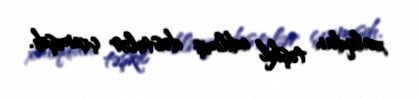
xalqdan təşkil edilmiş dəstələr çıxmışdı.